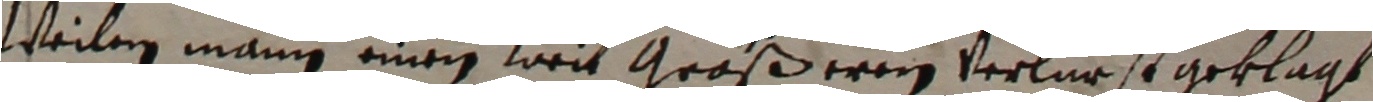
Weilen mann einem weit großeren verlurst geklagt